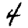
Digit: 4